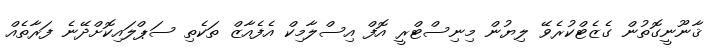
ޤާނޫނީގޮތުން ގެޒެޓްކުރެވޭ ލިޔުން މިނިސްޓްރީ އޮފް އިސްލާމިކް އެފެއާޒް ތަކެތި ސަޕްލައިކޮށްދޭނެ ފަރާތެއް